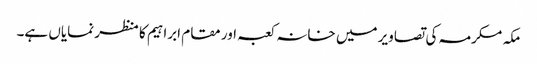
مکہ مکرمہ کی تصاویر میں خانہ کعبہ اور مقام ابراہیم کا منظر نمایاں ہے۔